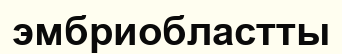
эмбриобластты